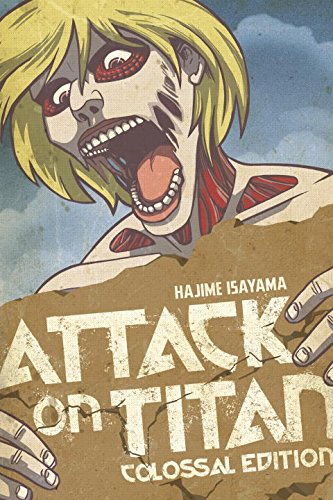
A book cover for Attack on Titan: Colossal Edition 2; Hajime Isayama; Comics & Graphic Novels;